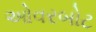
ઓવરબોટ